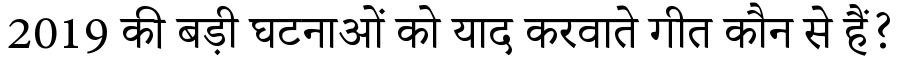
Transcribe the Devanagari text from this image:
2019 की बड़ी घटनाओं को याद करवाते गीत कौन से हैं?